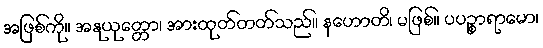
အဖြစ်ကို။ အနုယုတ္တော၊ အားထုတ်တတ်သည်။ နဟောတိ၊ မဖြစ်။ ပပဉ္စာရာမော၊